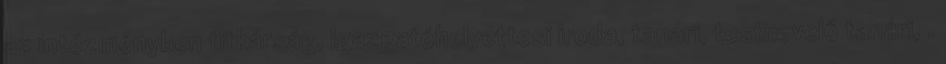
az intézményben titkárság, igazgatóhelyettesi iroda, tanári, testnevelő tanári, .